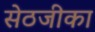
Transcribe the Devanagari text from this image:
सेठजीका